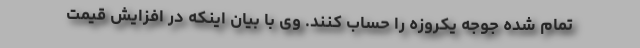
تمام شده جوجه یکروزه را حساب کنند. وی با بیان اینکه در افزایش قیمت